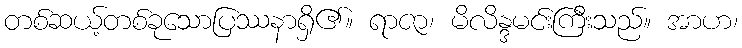
တစ်ဆယ့်တစ်ခုသောပြဿနာရှိ၏။ ရာဇာ၊ မိလိန္ဒမင်းကြီးသည်။ အာဟ၊